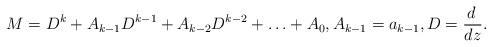
LaTeX: \begin{align*} M = D^k + A_{k-1}D^{k-1} + A_{k-2}D^{k-2} + \ldots + A_0 , A_{k-1} = a_{k-1} , D = \frac{d \,}{dz} .\end{align*}